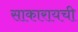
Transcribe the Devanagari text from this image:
साकारायची